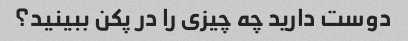
دوست دارید چه چیزی را در پکن ببینید؟